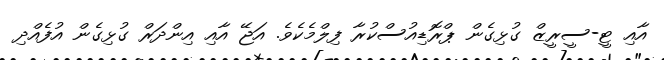
އާއި ޓީ-ސީރީޒް ގުޅިގެން ޕްރޮޑިއުސްކުރާ ފިލްމެކެވެ. އަޖޭ އާއި އިންދަރް ގުޅިގެން އުފެއްދި